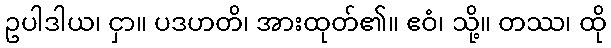
ဥပါဒါယ၊ ငှာ။ ပဒဟတိ၊ အားထုတ်၏။ ဧဝံ၊ သို့။ တဿ၊ ထို